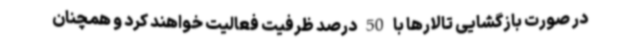
در صورت بازگشایی تالارها با 50 درصد ظرفیت فعالیت خواهند کرد و همچنان